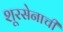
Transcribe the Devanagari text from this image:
शूरसेनाची